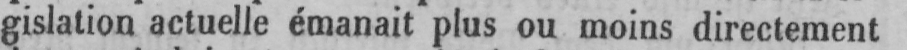
gislation actuelle émanait plus ou moins directement